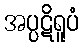
အပ္ပဋိရူပံ